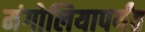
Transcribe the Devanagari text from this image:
मंगोलियापर्यंत